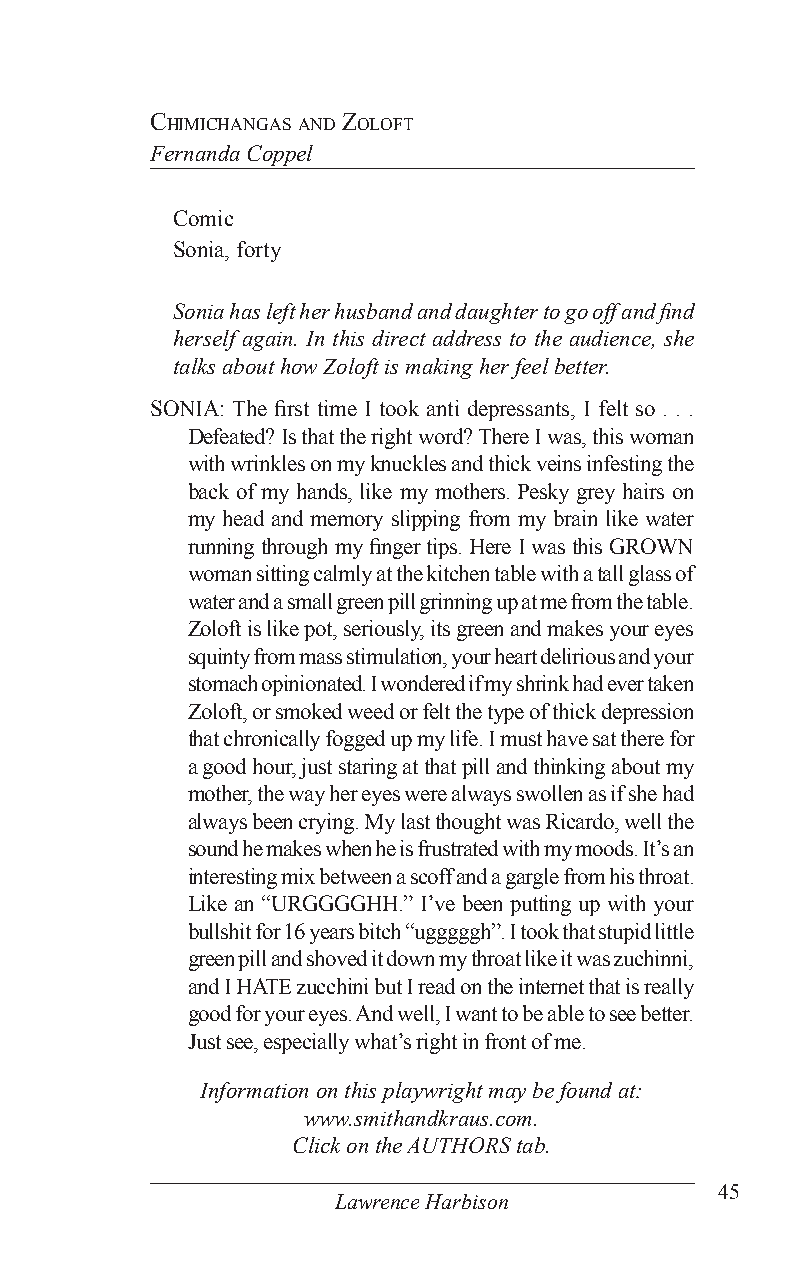
ChimiChangas and ZolofT
 Fernanda Coppel
 Comic
 Sonia, forty
 Sonia has left her husband and daughter to go off and find
 herself again. In this direct address to the audience, she
 talks about how Zoloft is making her feel better.
 SONIA: The first time I took anti depressants, I felt so . . .
 Defeated? Is that the right word? There I was, this woman
 with wrinkles on my knuckles and thick veins infesting the
 back of my hands, like my mothers. Pesky grey hairs on
 my head and memory slipping from my brain like water
 running through my finger tips. Here I was this GROWN
 woman sitting calmly at the kitchen table with a tall glass of
 water and a small green pill grinning up at me from the table.
 Zoloft is like pot, seriously, its green and makes your eyes
 squinty from mass stimulation, your heart delirious and your
 stomach opinionated. I wondered if my shrink had ever taken
 Zoloft, or smoked weed or felt the type of thick depression
 that chronically fogged up my life. I must have sat there for
 a good hour, just staring at that pill and thinking about my
 mother, the way her eyes were always swollen as if she had
 always been crying. My last thought was Ricardo, well the
 sound he makes when he is frustrated with my moods. It’s an
 interesting mix between a scoff and a gargle from his throat.
 Like an “URGGGGHH.” I’ve been putting up with your
 bullshit for 16 years bitch “ugggggh”. I took that stupid little
 green pill and shoved it down my throat like it was zuchinni,
 and I HATE zucchini but I read on the internet that is really
 good for your eyes. And well, I want to be able to see better.
 Just see, especially what’s right in front of me.
 Information on this playwright may be found at:
 www.smithandkraus.com.
 Click on the AUTHORS tab.
 45
 Lawrence Harbison